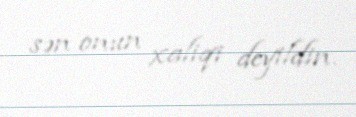
sən onun xaliqi deyildin.